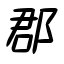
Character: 郡